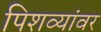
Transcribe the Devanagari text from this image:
पिशव्यांवर